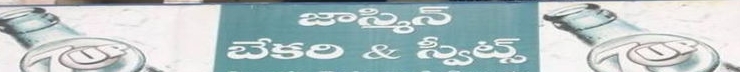
Language: telugu
Transcription: జాస్మిన్ స్వీట్స్ బేకరి